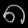
Digit: ၈